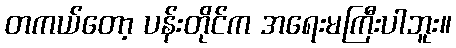
တကယ်တော့ ပန်းတိုင်က အရေးမကြီးပါဘူး။